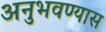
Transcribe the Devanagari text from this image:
अनुभवण्यास